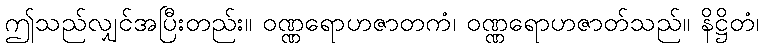
ဤသည်လျှင်အပြီးတည်း။ ဝဏ္ဏရောဟဇာတကံ၊ ဝဏ္ဏရောဟဇာတ်သည်။ နိဋ္ဌိတံ၊